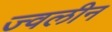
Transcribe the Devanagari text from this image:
ज्वलीन